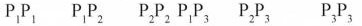
Р_{1}P_{1} P_{1}P_{2} P_{2}P_{2} P_{1}P_{3} P_{2}P_{3} P_{3}P_{3}